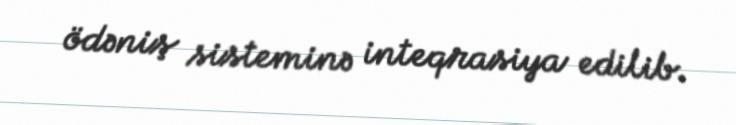
ödəniş sisteminə inteqrasiya edilib.